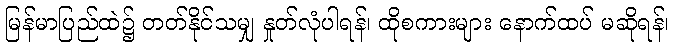
မြန်မာပြည်ထဲ၌ တတ်နိုင်သမျှ နှုတ်လုံပါရန်၊ ထိုစကားများ နောက်ထပ် မဆိုရန်၊